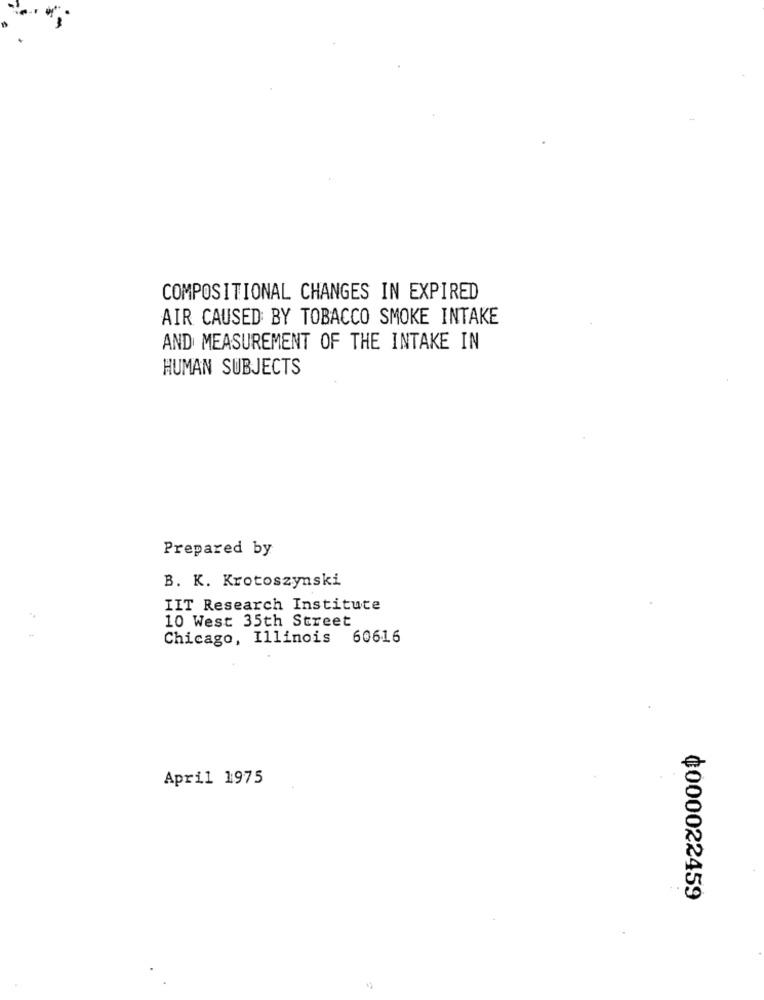
COMPOSITIONAL CHANGES IN EXPIRED
AIR CAUSED BY TOBACCO SMOKE INTAKE
AND MEASUREMENT OF THE INTAKE IN
HUMAN SUBJECTS
Prepared by
B. K. Krotoszynski
IIT Research Institute
10 West 35th Street
Chicago, Illinois 60616
April 1975
¢000022459